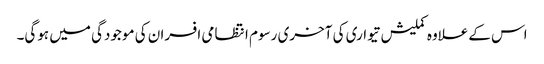
اس کےعلاوہ کملیش تیواری کی آخری رسوم انتظامی افسران کی موجودگی میں ہوگی۔